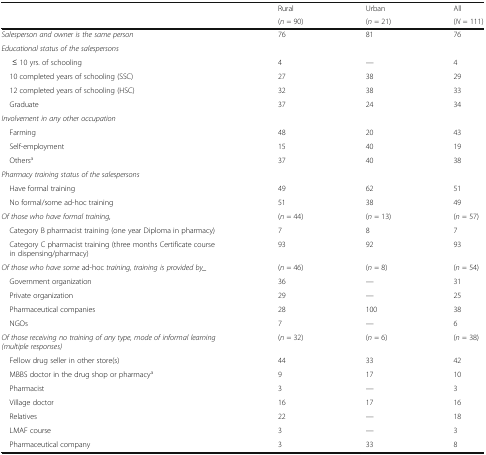
<table><thead><tr><td></td><td><b>Rural</b></td><td><b>Urban</b></td><td><b>All</b></td></tr><tr><td></td><td><b>(<i>n</i> = 90)</b></td><td><b>(<i>n</i> = 21)</b></td><td><b>(<i>N</i> = 111)</b></td></tr></thead><tbody><tr><td><i>Salesperson and owner is the same person</i></td><td>76</td><td>81</td><td>76</td></tr><tr><td colspan="4"><i>Educational status of the salespersons</i></td></tr><tr><td>≤ 10 yrs. of schooling</td><td>4</td><td>—</td><td>4</td></tr><tr><td> 10 completed years of schooling (SSC)</td><td>27</td><td>38</td><td>29</td></tr><tr><td> 12 completed years of schooling (HSC)</td><td>32</td><td>38</td><td>33</td></tr><tr><td> Graduate</td><td>37</td><td>24</td><td>34</td></tr><tr><td colspan="4"><i>Involvement in any other occupation</i></td></tr><tr><td> Farming</td><td>48</td><td>20</td><td>43</td></tr><tr><td> Self-employment</td><td>15</td><td>40</td><td>19</td></tr><tr><td> Others<sup>a</sup></td><td>37</td><td>40</td><td>38</td></tr><tr><td colspan="4"><i>Pharmacy training status of the salespersons</i></td></tr><tr><td> Have formal training</td><td>49</td><td>62</td><td>51</td></tr><tr><td> No formal/some ad-hoc training</td><td>51</td><td>38</td><td>49</td></tr><tr><td><i>Of those who have formal training,</i></td><td>(<i>n</i> = 44)</td><td>(<i>n</i> = 13)</td><td>(<i>n</i> = 57)</td></tr><tr><td> Category B pharmacist training (one year Diploma in pharmacy)</td><td>7</td><td>8</td><td>7</td></tr><tr><td> Category C pharmacist training (three months Certificate course in dispensing/pharmacy)</td><td>93</td><td>92</td><td>93</td></tr><tr><td><i>Of those who have some</i> ad-hoc <i>training, training is provided by_</i></td><td>(<i>n</i> = 46)</td><td>(<i>n</i> = 8)</td><td>(<i>n</i> = 54)</td></tr><tr><td> Government organization</td><td>36</td><td>—</td><td>31</td></tr><tr><td> Private organization</td><td>29</td><td>—</td><td>25</td></tr><tr><td> Pharmaceutical companies</td><td>28</td><td>100</td><td>38</td></tr><tr><td> NGOs</td><td>7</td><td>—</td><td>6</td></tr><tr><td><i>Of those receiving no training of any type, mode of informal learning (multiple responses)</i></td><td>(<i>n</i> = 32)</td><td>(<i>n</i> = 6)</td><td>(<i>n</i> = 38)</td></tr><tr><td> Fellow drug seller in other store(s)</td><td>44</td><td>33</td><td>42</td></tr><tr><td> MBBS doctor in the drug shop or pharmacy<sup>a</sup></td><td>9</td><td>17</td><td>10</td></tr><tr><td> Pharmacist</td><td>3</td><td>—</td><td>3</td></tr><tr><td> Village doctor</td><td>16</td><td>17</td><td>16</td></tr><tr><td> Relatives</td><td>22</td><td>—</td><td>18</td></tr><tr><td> LMAF course</td><td>3</td><td>—</td><td>3</td></tr><tr><td> Pharmaceutical company</td><td>3</td><td>33</td><td>8</td></tr></tbody></table>